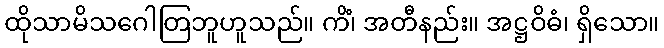
ထိုသာမိသဂေါတြဘူဟူသည်။ ကိံ၊ အတီနည်း။ အဋ္ဌဝိဓံ၊ ရှိသော။